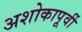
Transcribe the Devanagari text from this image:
अशोकापूर्वी